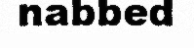
nabbed